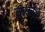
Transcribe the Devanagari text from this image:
कबर्न